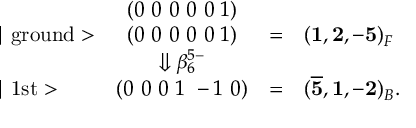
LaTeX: \begin{array} { l c c l } { { } } & { { ( 0 ~ 0 ~ 0 ~ 0 ~ 0 ~ 1 ) } } \\ { { \mid \mathrm { g r o u n d } > } } & { { ( 0 ~ 0 ~ 0 ~ 0 ~ 0 ~ 1 ) } } & { { = } } & { { ( { \bf 1 , 2 , - 5 } ) _ { F } } } \\ { { } } & { { \Downarrow \beta _ { 6 } ^ { 5 - } } } \\ { { \mid \mathrm { 1 s t } > } } & { { ( 0 ~ 0 ~ 0 ~ 1 ~ - 1 ~ 0 ) } } & { { = } } & { { ( { \bf \overline { { { 5 } } } , 1 , - 2 } ) _ { B } . } } \end{array}